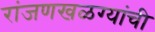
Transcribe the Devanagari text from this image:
रांजणखळग्यांची